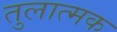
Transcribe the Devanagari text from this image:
तुलात्मक